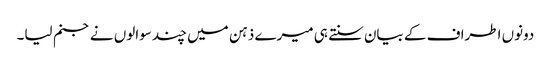
دونوں اطراف کے بیان سنتے ہی میرے ذہن میں چند سوالوں نے جنم لیا۔